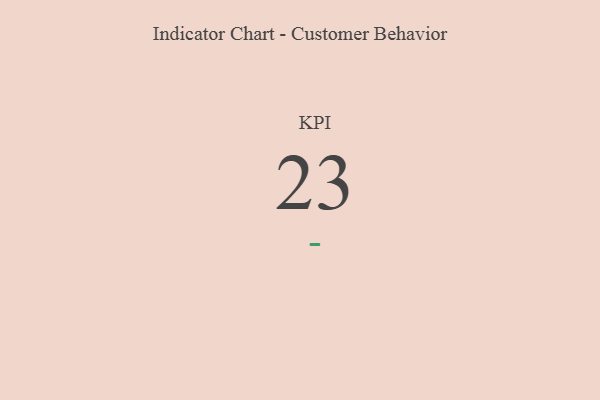
{"axis": {"x": "KPI", "y": "Value"}, "legend": [""], "data": [{"x": "KPI", "y": 23, "type": ""}]}